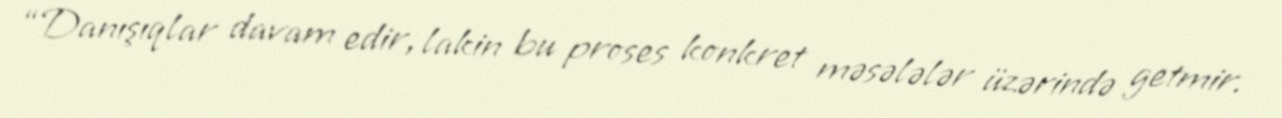
“Danışıqlar davam edir, lakin bu proses konkret məsələlər üzərində getmir.